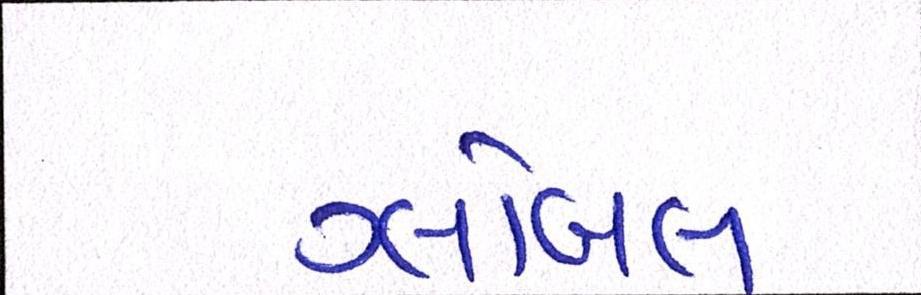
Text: ગ્લોબલ